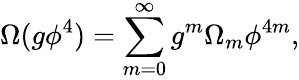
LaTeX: \Omega(g\phi^{4})=\sum_{m=0}^{\infty}g^{m}\Omega_{m}\phi^{4m},